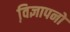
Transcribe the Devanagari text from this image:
वि़ज्ञापनों